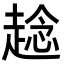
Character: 趝